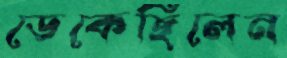
ডেকেছিলেন